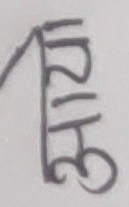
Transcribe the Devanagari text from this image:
अझ